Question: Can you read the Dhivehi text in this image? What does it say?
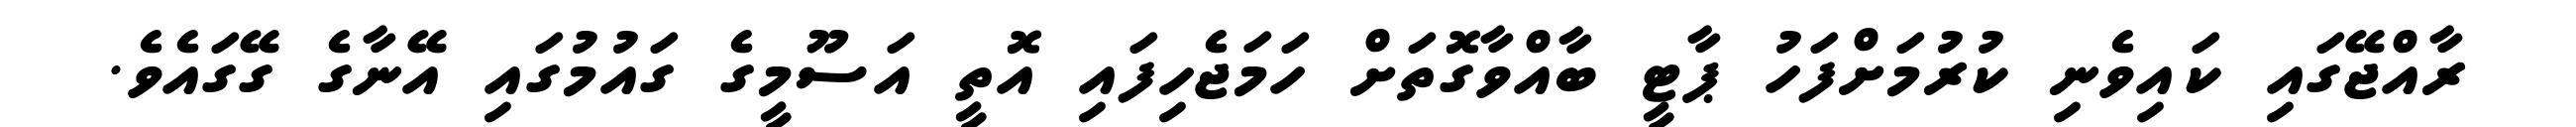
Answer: ރާއްޖޭގައި ކައިވެނި ކުރުމަށްފަހު ޕާޓީ ބާއްވާގޮތަށް ހަމަޖެހިފައި އޮތީ އަސޫމީގެ ގައުމުގައި އޭނާގެ ގޭގައެވެ.